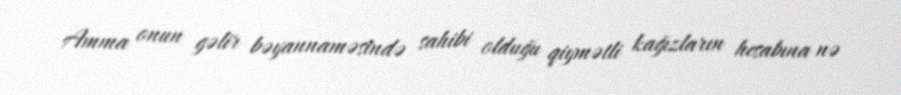
Amma onun gəlir bəyannaməsində sahibi olduğu qiymətli kağızların hesabına nə